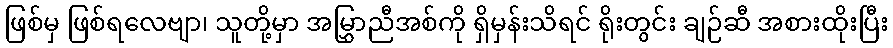
ဖြစ်မှ ဖြစ်ရလေဗျာ၊ သူတို့မှာ အမြွှာညီအစ်ကို ရှိမှန်းသိရင် ရိုးတွင်း ချဉ်ဆီ အစားထိုးပြီး